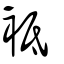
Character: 袛